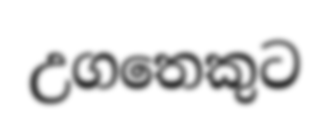
උගතෙකුට